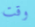
وقت